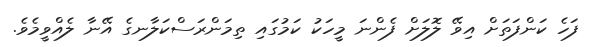
ފަހެ ކަންފަތަށް އިވޭ ލޮލަށް ފެންނަ މީހަކު ކަމުގައި ތިމަންރަސްކަލާނގެ އޭނާ ލެއްވީމެވެ.